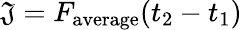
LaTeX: \mathfrak{J}=F_{\mathrm{{average}}}(t_{2}-t_{1})